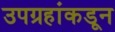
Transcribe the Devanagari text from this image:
उपग्रहांकडून